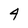
Character: 4